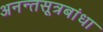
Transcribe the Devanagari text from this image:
अनन्तसूत्रबांधा